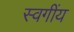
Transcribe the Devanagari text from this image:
स्वगींय